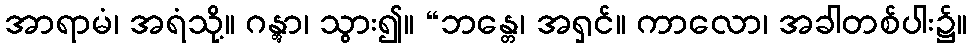
အာရာမံ၊ အရံသို့။ ဂန္တွာ၊ သွား၍။ “ဘန္တေ၊ အရှင်။ ကာလော၊ အခါတစ်ပါး၌။